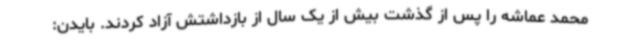
محمد عماشه را پس از گذشت بیش از یک سال از بازداشتش آزاد کردند. بایدن: